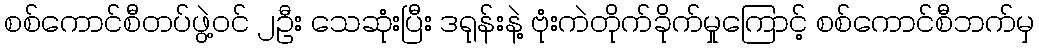
စစ်ကောင်စီတပ်ဖွဲ့ဝင် ၂ဦး သေဆုံးပြီး ဒရုန်းနဲ့ ဗုံးကဲတိုက်ခိုက်မှုကြောင့် စစ်ကောင်စီဘက်မှ